Lunatic asylums Burma 1922-24 - 1922-1924
Year: 1922
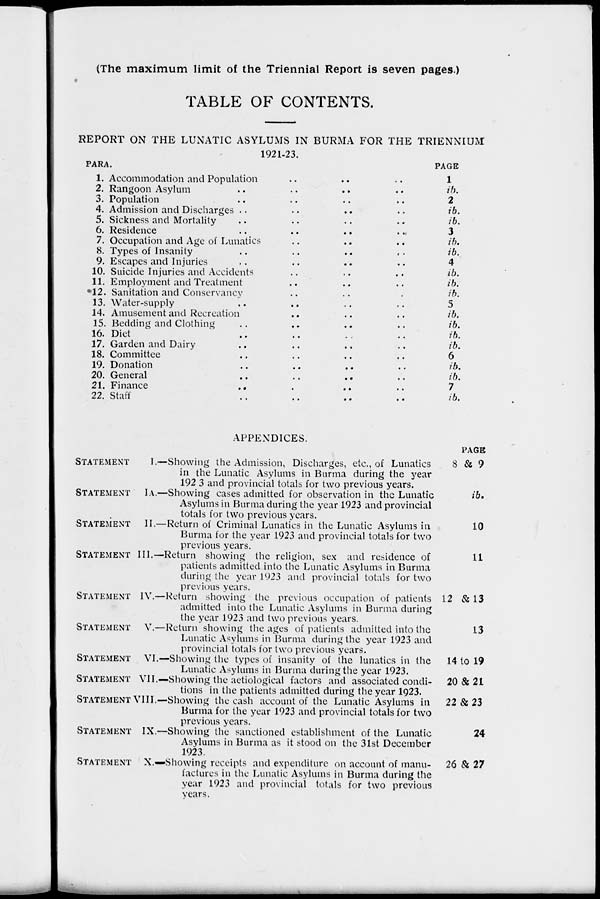
(The maximum limit of the Triennial Report is seven pages.)
TABLE OF CONTENTS.
REPORT ON THE LUNATIC ASYLUMS IN BURMA FOR THE TRIENNIUM
1921-23.
PARA.
1.
2.
3.
4.
5.
6.
7.
8.
9.
10.
11.
12.
13.
14.
15.
16.
17.
18.
19.
20.
21.
22.
Accommodation and Population .. .. ..
Rangoon Asylum .. .. .. ..
Population .. .. .. ..
Admission and Discharges .. .. .. ..
Sickness and Mortality .. .. .. ..
Residence .. .. .. ..
Occupation and Age of Lunatics .. .. ..
Types of Insanity .. .. .. ..
Escapes and Injuries .. .. .. ..
Suicide Injuries and Accidents .. .. .. ..
Employment and Treatment .. .. .. ..
Sanitation and Conservancy .. .. .. ..
Water-supply .. .. .. ..
Amusement and Recreation .. .. .. ..
Bedding and Clothing .. .. .. ..
Diet .. .. .. ..
Garden and Dairy .. .. .. ..
Committee .. .. .. ..
Donation .. .. .. ..
General .. .. .. ..
Finance
..
..
..
..
Staff .. .. .. ..
PAGE
1
ib.
2
ib.
ib.
3
ib.
ib.
4
ib.
ib.
ib.
5
ib.
ib.
ib.
ib.
6
ib.
ib.
7
ib.
APPENDICES.
STATEMENT
I.—
STATEMENT
I A.—
STATEMENT
II.—
STATEMENT
III.—1
STATEMENT
IV.—
STATEMENT
V.—
STATEMENT
VI.-
STATEMENT
VII.—
STATEMENT VIII.—
STATEMENT
IX.—
STATEMENT
X —
Showing the Admission, Discharges, etc., of Lunatics
in the Lunatic Asylums in Burma during the year
1923 and provincial totals for two previous years.
Showing cases admitted for observation in the Lunatic
Asylums in Burma during the year 1923 and provincial
totals for two previous years.
Return of Criminal Lunatics in the Lunatic Asylums in
Burma for the year 1923 and provincial totals for two
previous years.
Return showing the religion, sex and residence of
patients admitted into the Lunatic Asylums in Burma
during the year 1923 and provincial totals for two
previous years.
Return showing the previous occupation of patients
admitted into the Lunatic Asylums in Burma during
the year 1923 and two previous years.
Return showing the ages of patients admitted into the
Lunatic Asylums in Burma during the year 1923 and
provincial totals for two previous years.
Showing the types of insanity of the lunatics in the
Lunatic Asylums in Burma during the year 1923.
Showing the aetiological factors and associated condi-
tions in the patients admitted during the year 1923.
Showing the cash account of the Lunatic Asylums in
Burma for the year 1923 and provincial totals for two
previous years.
Showing the sanctioned establishment of the Lunatic
Asylums in Burma as it stood on the 31st December
1923.
Showing receipts and expenditure on account of manu-
factures in the Lunatic Asylums in Burma during the
year 1923 and provincial totals for two previous
years.
PAGE
8 & 9
ib.
10
11
12 & 13
13
14 to 19
20 & 21
22 & 23
24
26 & 27